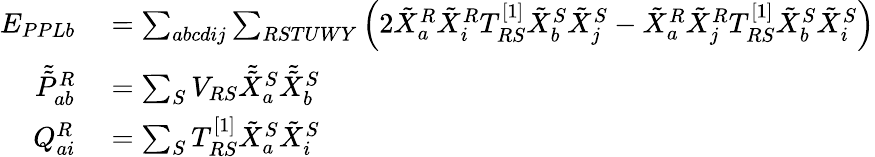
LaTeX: \begin{array}{rl}{E_{PPLb}}&{{}=\sum_{abcdij}\sum_{RSTUWY}\left(2\tilde{X}_{a}^{R}\tilde{X}_{i}^{R}T_{RS}^{[1]}\tilde{X}_{b}^{S}\tilde{X}_{j}^{S}-\tilde{X}_{a}^{R}\tilde{X}_{j}^{R}T_{RS}^{[1]}\tilde{X}_{b}^{S}\tilde{X}_{i}^{S}\right)}\\ {\tilde{\tilde{P}}_{ab}^{R}}&{{}=\sum_{S}V_{RS}\tilde{\tilde{X}}_{a}^{S}\tilde{\tilde{X}}_{b}^{S}}\\ {Q_{ai}^{R}}&{{}=\sum_{S}T_{RS}^{[1]}\tilde{X}_{a}^{S}\tilde{X}_{i}^{S}}\end{array}